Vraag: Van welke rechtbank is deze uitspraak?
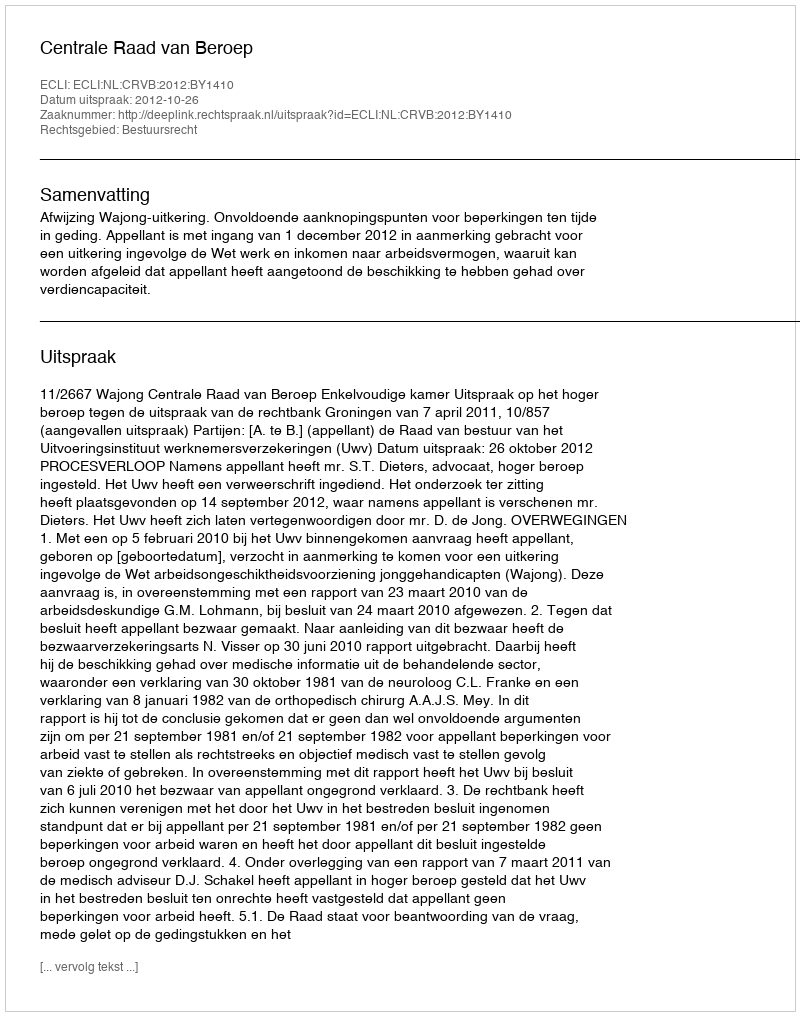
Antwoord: Centrale Raad van Beroep